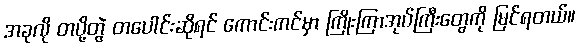
အခုလို တပို့တွဲ တပေါင်းဆိုရင် ကောင်းကင်မှာ ကြိုးကြာအုပ်ကြီးတွေကို မြင်ရတယ်။